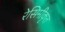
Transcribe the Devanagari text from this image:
रेसिमीकृत